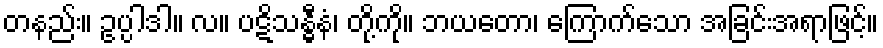
တနည်း။ ဥပ္ပါဒါ။ လ။ ပဋိသန္ဓီနံ၊ တို့ကို။ ဘယတော၊ ကြောက်သော အခြင်းအရာဖြင့်။